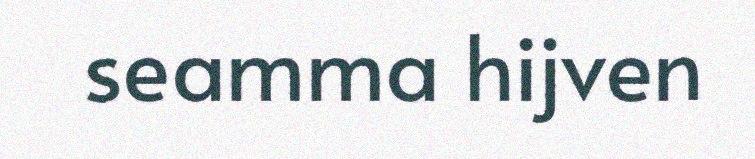
seamma hijven